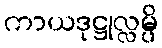
ကာယဒုဋ္ဌုလ္လမ္ပိ